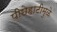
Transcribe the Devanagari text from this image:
पीछेहाटीमुळे